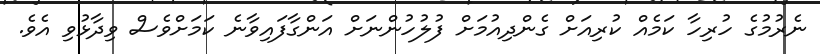
ނެރުމުގެ ހުރިހާ ކަމެއް ކުރިއަށް ގެންދިއުމަށް ފުލުހުންނަށް އަންގާފައިވާނެ ކަމަށްވެސް ވިދާޅުވި އެވެ.